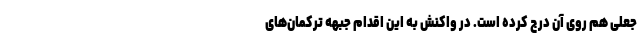
جعلی هم روی آن درج کرده است. در واکنش به این اقدام جبهه ترکمان‌های